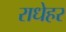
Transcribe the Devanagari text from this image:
राधेहर